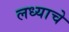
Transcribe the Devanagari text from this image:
लध्याचे